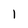
Character: 1